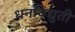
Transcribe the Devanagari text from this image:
धनविद्युती